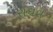
રાઘવ